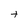
Character: t